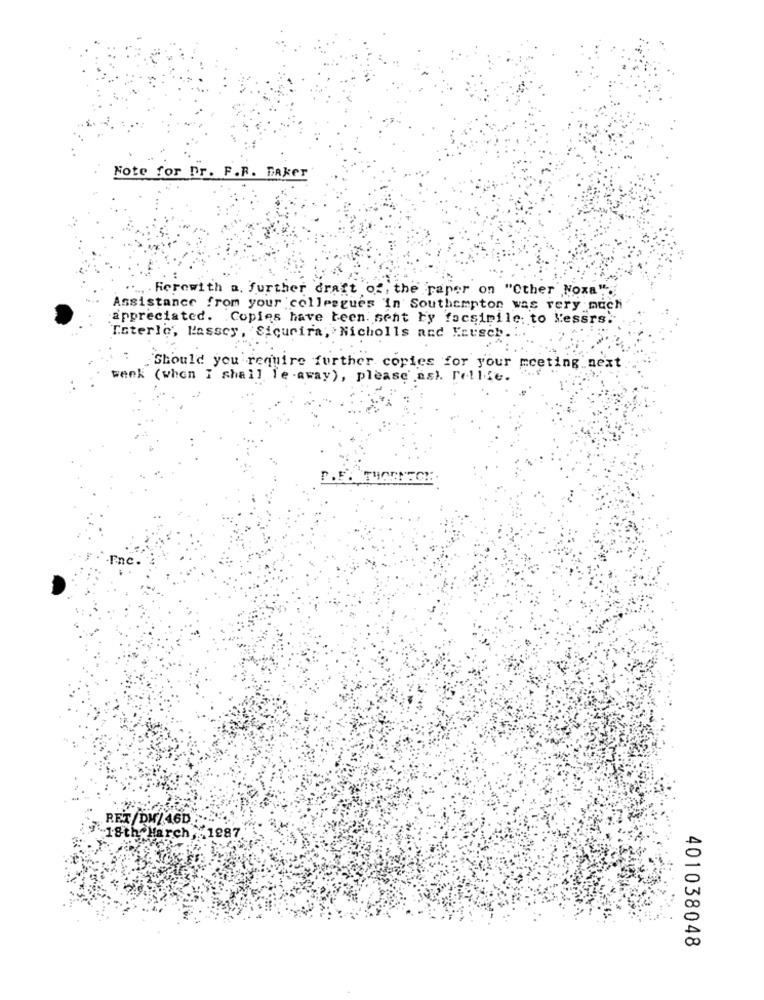
Note for Dr. F.R. Baker
. Herewith a. further draft of, the raper on "Cther Noxa".
Assistance from your colleagues in Southampton was very much
appreciated. Copies have been sent by facsimile; to lessrs.
Toterle, Massey, Sicurira, Nicholls and Keusch ..
Should you require further copies for your meeting next.
week (when I shall fe -away), please ask. Tellic.
P.S. THORNECH
RET/DW/46D
-18th March, 1987
401038048